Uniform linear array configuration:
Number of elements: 24
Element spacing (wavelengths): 1
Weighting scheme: uniform
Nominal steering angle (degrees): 30
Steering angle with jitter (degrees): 30.92
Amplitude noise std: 0.05
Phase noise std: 0.05

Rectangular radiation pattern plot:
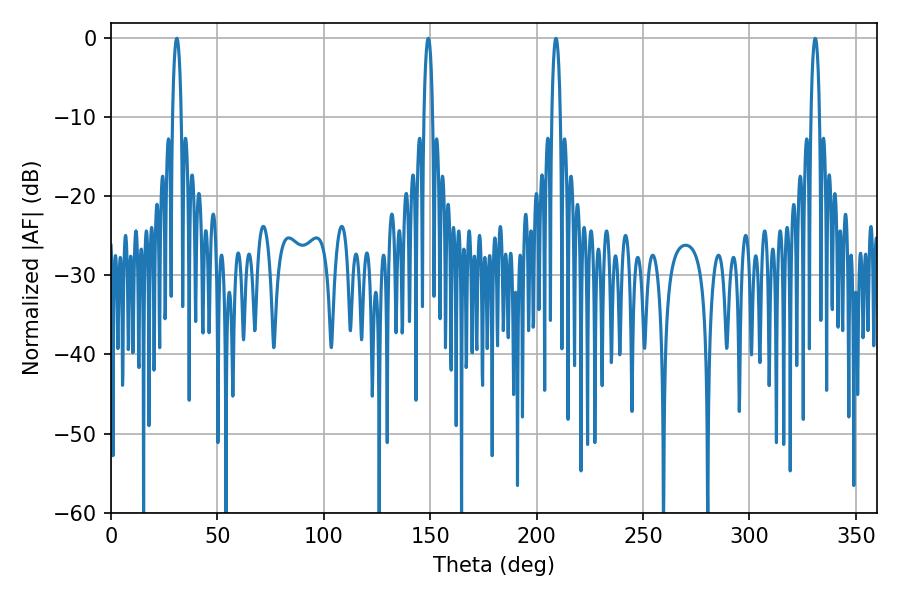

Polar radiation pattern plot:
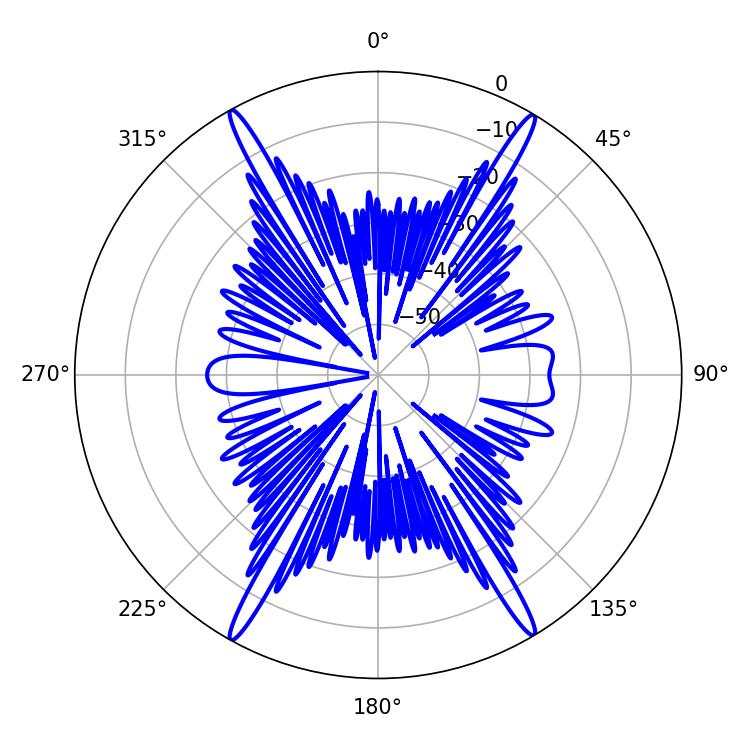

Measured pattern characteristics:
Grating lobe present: TRUE
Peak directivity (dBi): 26.779
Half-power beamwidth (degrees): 2.34
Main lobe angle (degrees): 149.04